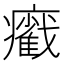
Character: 𤻵